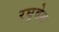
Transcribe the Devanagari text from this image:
रघुवेल